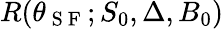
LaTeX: R(\theta_{\mathrm{~S~F~}};S_{0},\Delta,B_{0})